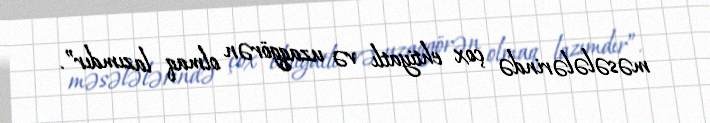
məsələlərində çox ehtiyatlı və uzaqgörən olmaq lazımdır”.